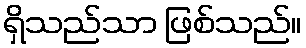
ရှိသည်သာ ဖြစ်သည်။